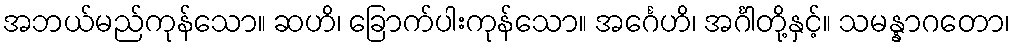
အဘယ်မည်ကုန်သော။ ဆဟိ၊ ခြောက်ပါးကုန်သော။ အင်္ဂေဟိ၊ အင်္ဂါတို့နှင့်။ သမန္နာဂတော၊